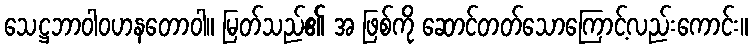
သေဋ္ဌဘာဝါဝဟနတောဝါ။ မြတ်သည်၏ အ ဖြစ်ကို ဆောင်တတ်သောကြောင့်လည်းကောင်း။